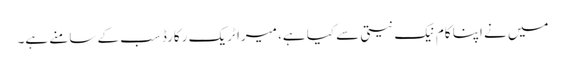
میں نے اپنا کام نیک نیتی سے کیا ہے، میرا ٹریک رکارڈ سب کے سامنے ہے۔